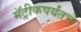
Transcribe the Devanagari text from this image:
मॅट्रीकपर्यंतचे